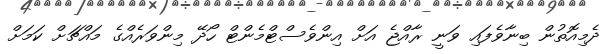
ދެމިއޮތުން ބިނާވެފައި ވަނީ ރާއްޖެ އަށް އިންވެސްޓްމެންޓް ހޯދޭ މިންވަރެއްގެ މައްޗަށް ކަމަށް